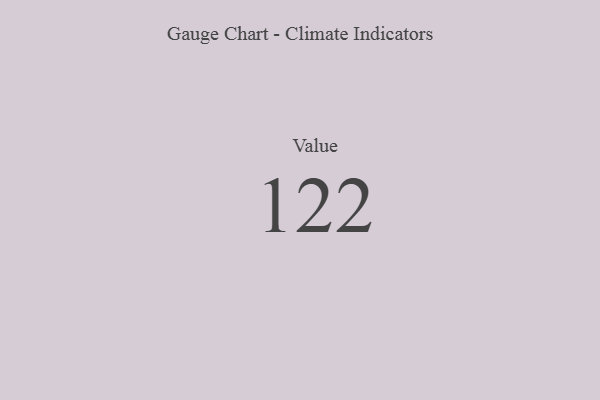
{"axis": {"x": "Metric", "y": "Value"}, "legend": [""], "data": [{"x": "Value", "y": 122, "type": ""}]}